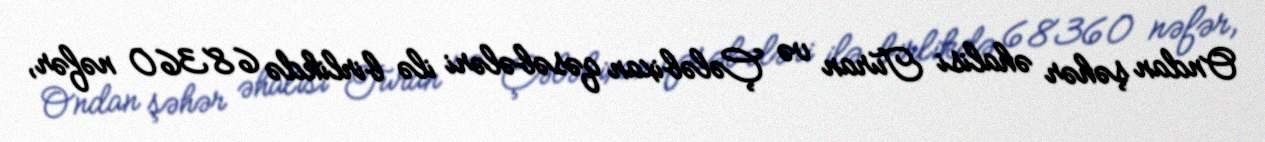
Ondan şəhər əhalisi Turan və Çələbixan qəsəbələri ilə birlikdə 68360 nəfər,